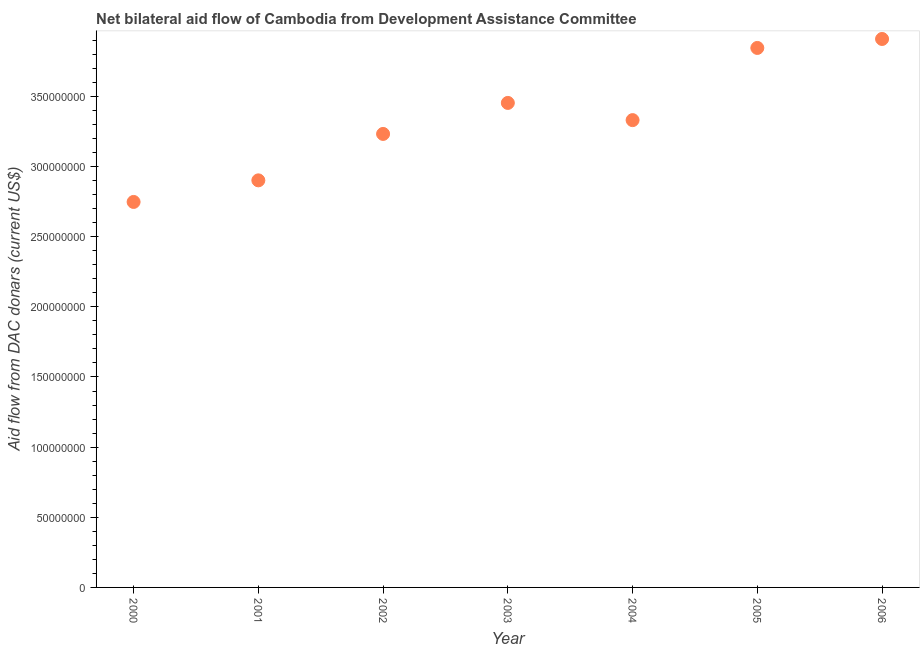
| Year | Net bilateral aid flows from DAC donors |
 | --- | --- |
 | 2000 | 2.75e+08 |
 | 2001 | 2.9e+08 |
 | 2002 | 3.23e+08 |
 | 2003 | 3.45e+08 |
 | 2004 | 3.33e+08 |
 | 2005 | 3.85e+08 |
 | 2006 | 3.91e+08 |